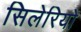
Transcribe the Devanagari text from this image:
सिलेरियो